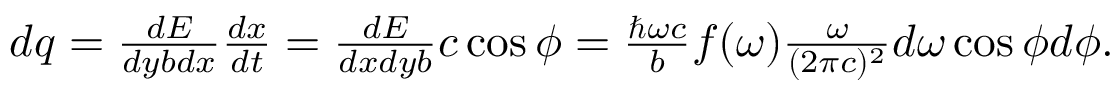
\begin{array} { r } { d q = \frac { d E } { d y b d x } \frac { d x } { d t } = \frac { d E } { d x d y b } c \cos { \phi } = \frac { \hbar \omega c } { b } f ( \omega ) \frac { \omega } { ( 2 \pi c ) ^ { 2 } } d \omega \cos { \phi } d \phi { . } } \end{array}